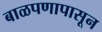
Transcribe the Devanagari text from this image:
बाळपणापासून